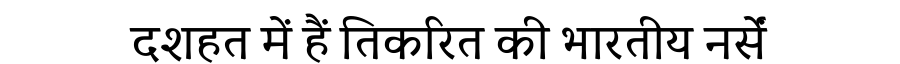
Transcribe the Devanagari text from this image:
दशहत में हैं तिकरित की भारतीय नर्सें